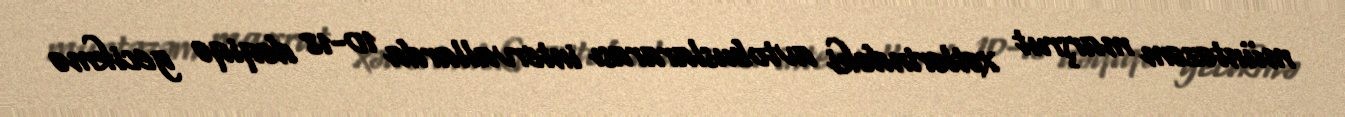
müntəzəm marşrut xətlərindəki avtobuslararası intervallarda 10-18 dəqiqə gecikmə